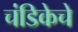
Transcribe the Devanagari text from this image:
चंडिकेचे